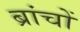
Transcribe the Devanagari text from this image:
ब्रांचों